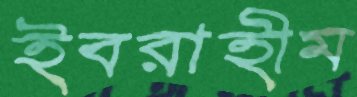
ইবরাহীম